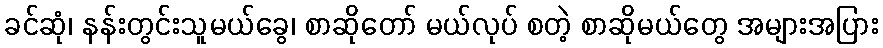
ခင်ဆုံ၊ နန်းတွင်းသူမယ်ခွေ၊ စာဆိုတော် မယ်လုပ် စတဲ့ စာဆိုမယ်တွေ အများအပြား